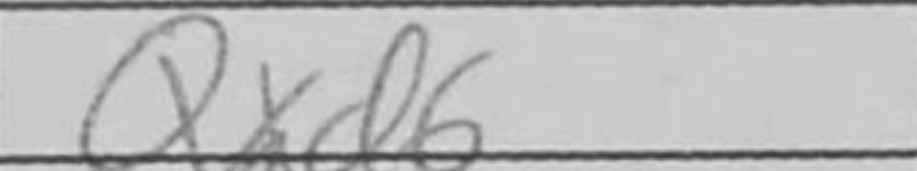
Transcription: Qxd6